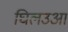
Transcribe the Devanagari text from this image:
घिलउआ